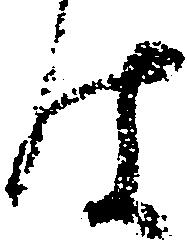
件